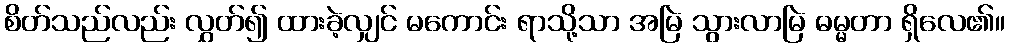
စိတ်သည်လည်း လွှတ်၍ ထားခဲ့လျှင် မကောင်း ရာသို့သာ အမြဲ သွားလာမြဲ ဓမ္မတာ ရှိလေ၏။